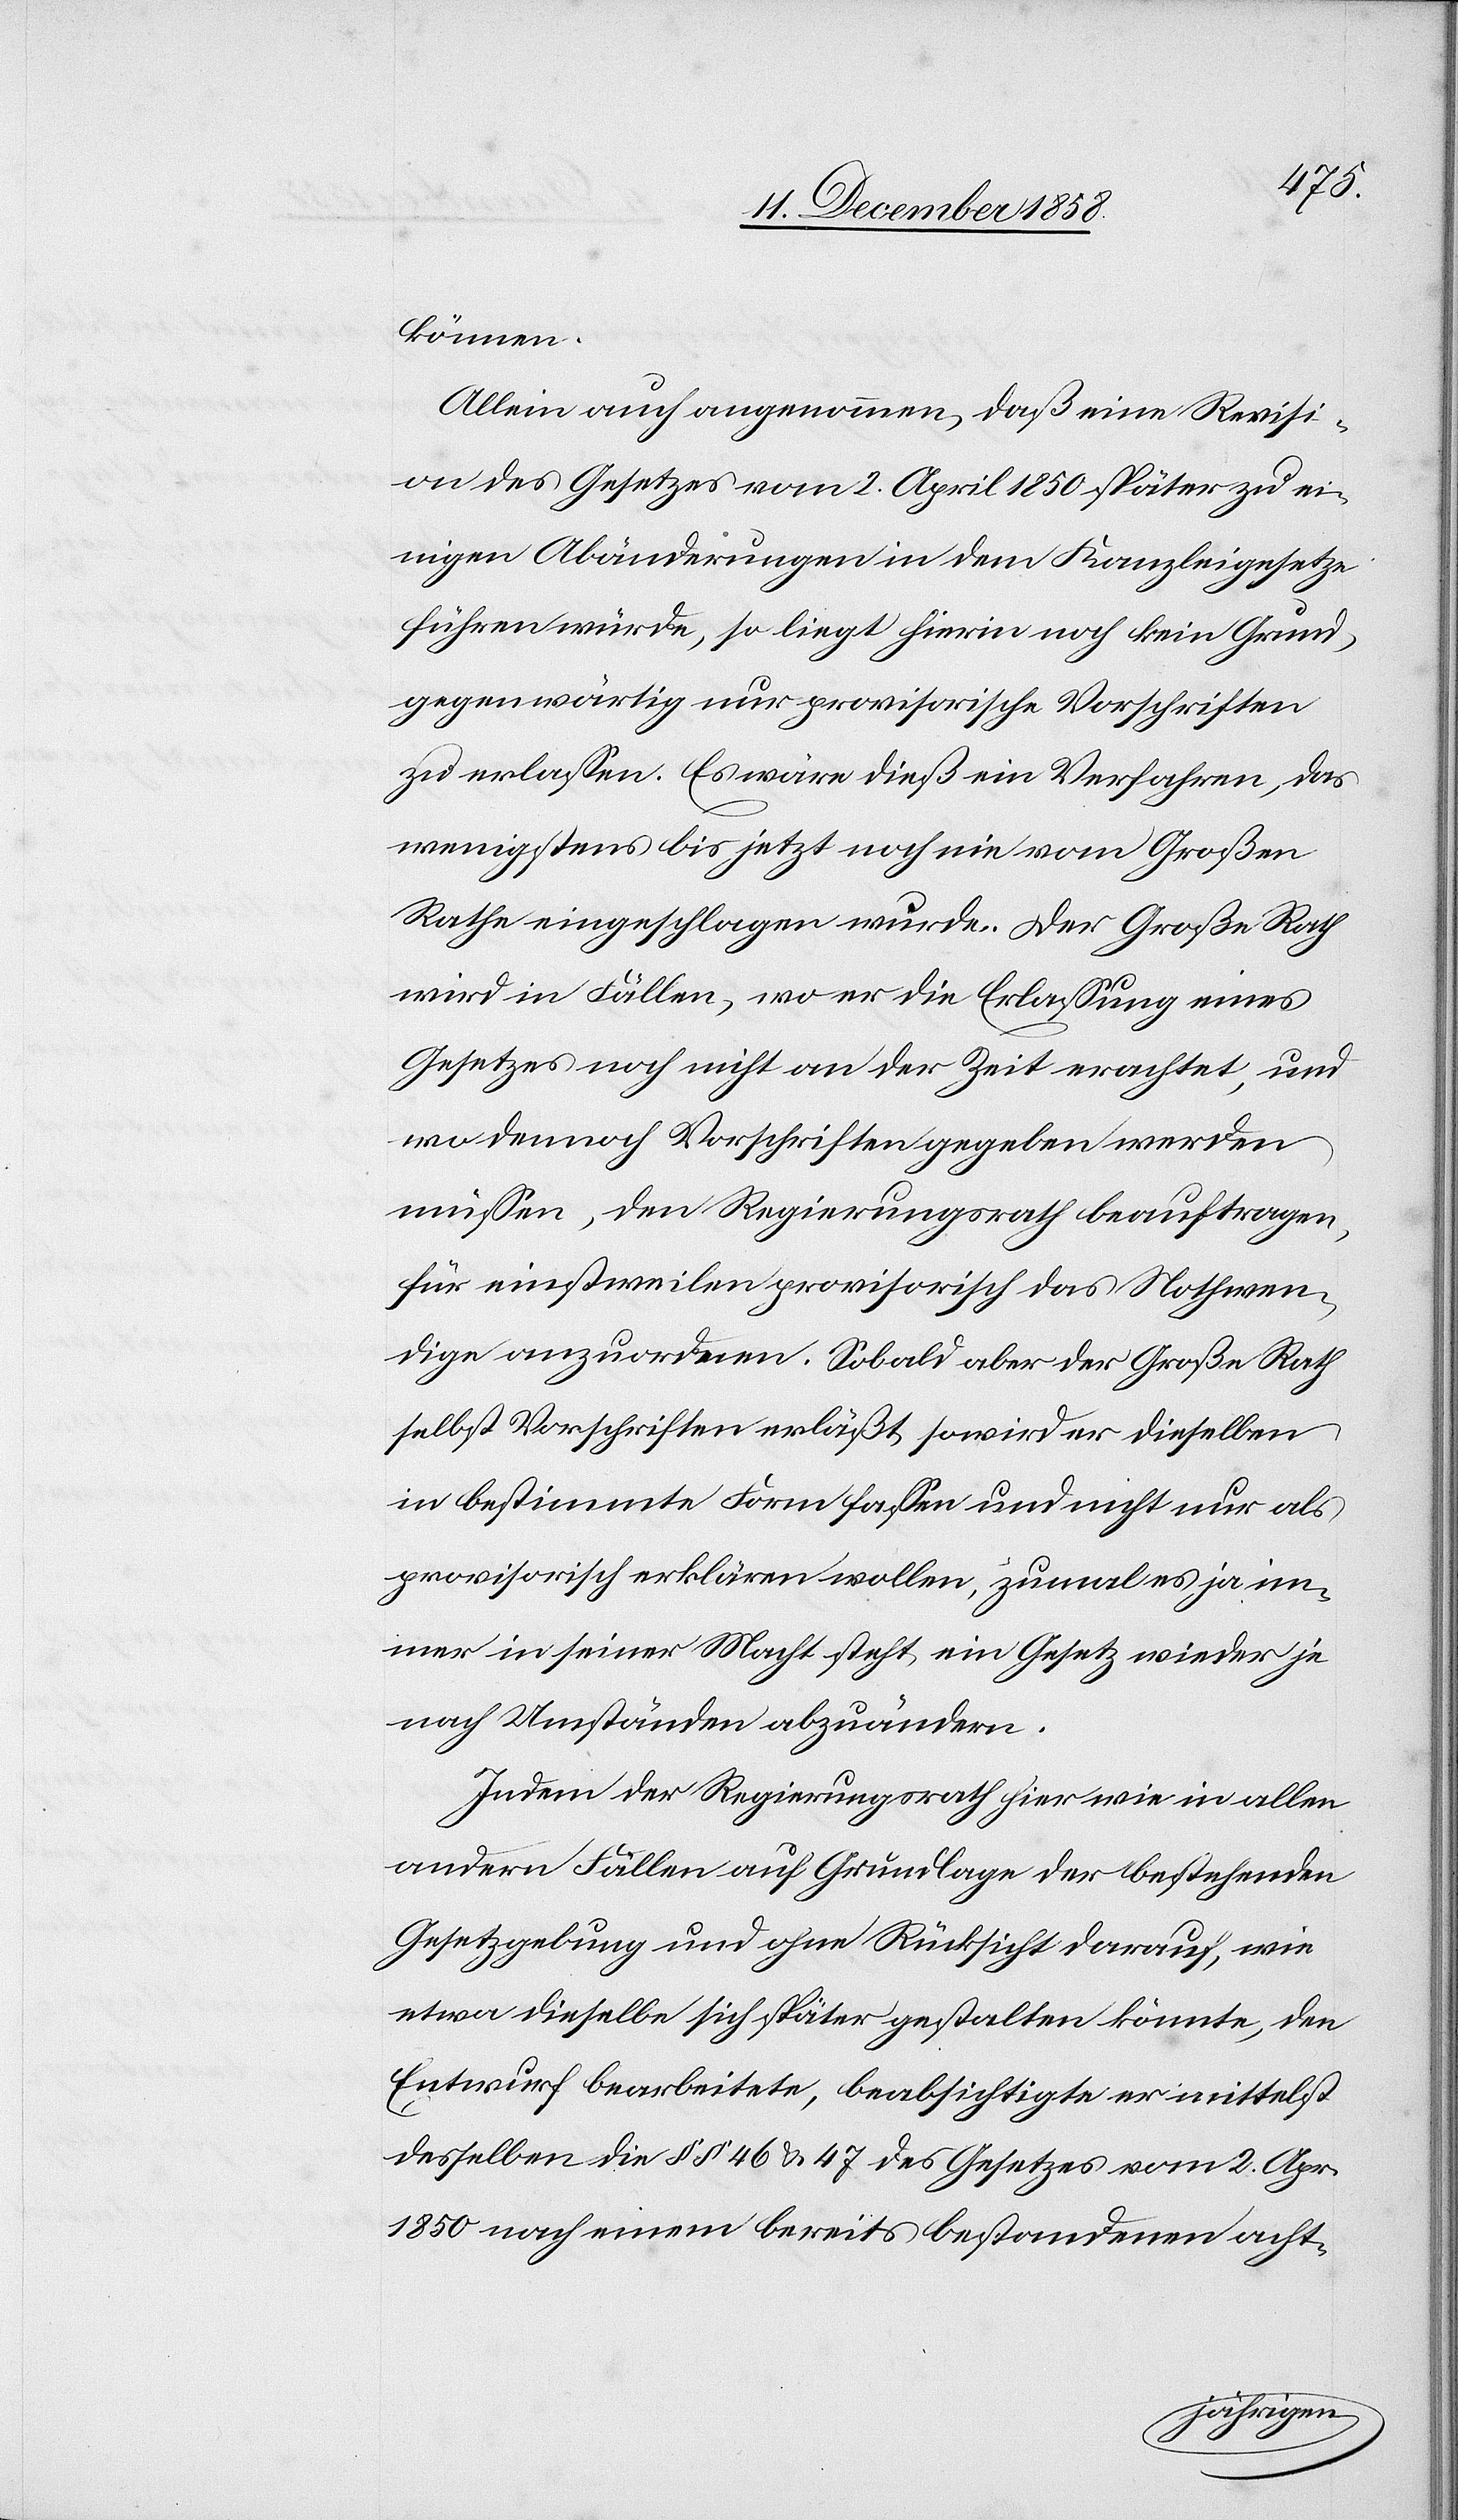
können.
Allein auch angenommen, daß eine Revisi¬
on des Gesetzes vom 2. April 1850 später zu ei¬
nigen Abänderungen in dem Kanzleigesetze
führen würde, so liegt hierin noch kein Grund,
gegenwärtig nur provisorische Vorschriften
zu erlassen. Es wäre dieß ein Verfahren, das
wenigstens bis jetzt noch nie vom Großen
Rathe eingeschlagen wurde. Der Große Rath
wird in Fällen, wo er die Erlassung eines
Gesetzes noch nicht an der Zeit erachtet, und
wo dennoch Vorschriften gegeben werden
müssen, den Regierungsrath beauftragen,
für einstweilen provisorisch das Nothwen¬
dige anzuordnen. Sobald aber der Große Rath
selbst Vorschriften erläßt, so wird er dieselben
in bestimmte Form fassen und nicht nur als
provisorisch erklären wollen, zumal es ja im¬
mer in seiner Macht steht, ein Gesetz wieder je
nach Umständen abzuändern.
Indem der Regierungsrath hier wie in allen
andern Fällen auf Grundlage der bestehenden
Gesetzgebung und ohne Rücksicht darauf, wie
etwa dieselbe sich später gestalten könnte, den
Entwurf bearbeitete, beabsichtigte er mittelst
desselben die §§ 46 & 47 des Gesetzes vom 2. Apr.
1850 nach einem bereits bestandenen acht-